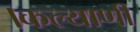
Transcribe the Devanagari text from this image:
।कल्याणी